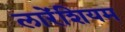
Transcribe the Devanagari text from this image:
लारेंशियम